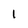
Character: 1